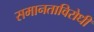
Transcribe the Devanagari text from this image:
समानताविरोधी